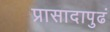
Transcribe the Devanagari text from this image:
प्रासादापुढं